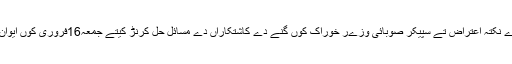
کاشف رحیم دے نکتہ اعتراض تے سپیکر صوبائی وزےر خوراک کوں گنے دے کاشتکاراں دے مسائل حل کرنڑ کیتے جمعہ16فروری کوں ایوان اچ سڈ گھدے۔